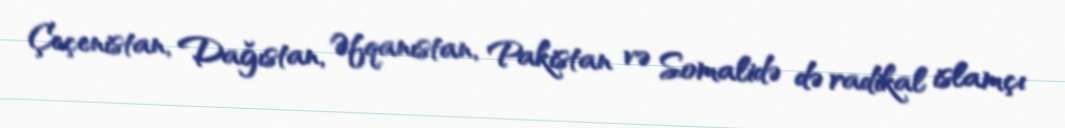
Çeçenistan, Dağıstan, Əfqanıstan, Pakistan və Somalidə də radikal islamçı